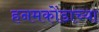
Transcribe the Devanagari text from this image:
हनमकोंडाच्या